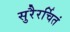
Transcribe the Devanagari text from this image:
सुरैरर्चितं